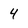
Character: 4